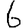
Digit: 6